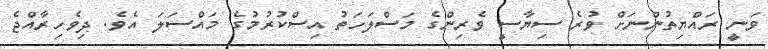
ވަނީ ރައްޔިތުންނަށް ވުރެ ސިޔާސީ ވެރިންގެ މަސްލަހަތު އިސްކުރުމުގެ މައްސަލަ އެވެ. ދިވެހިރާއްޖެ